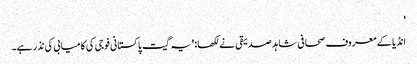
'
انڈیا کے معروف صحافی شاہد صدیقی نے لکھا: 'یہ گیت پاکستانی فوجی کی کامیابی کی نذر ہے۔